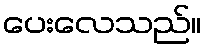
ပေးလေသည်။